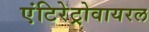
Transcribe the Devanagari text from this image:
एंटिरेट्रोवायरल